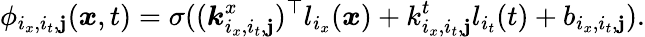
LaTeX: \phi_{i_{x},i_{t},\mathbf{j}}(\boldsymbol{x},t)=\sigma((\boldsymbol{k}_{i_{x},i_{t},\mathbf{j}}^{x})^{\top}l_{i_{x}}(\boldsymbol{x})+k_{i_{x},i_{t},\mathbf{j}}^{t}l_{i_{t}}(t)+b_{i_{x},i_{t},\mathbf{j}}).